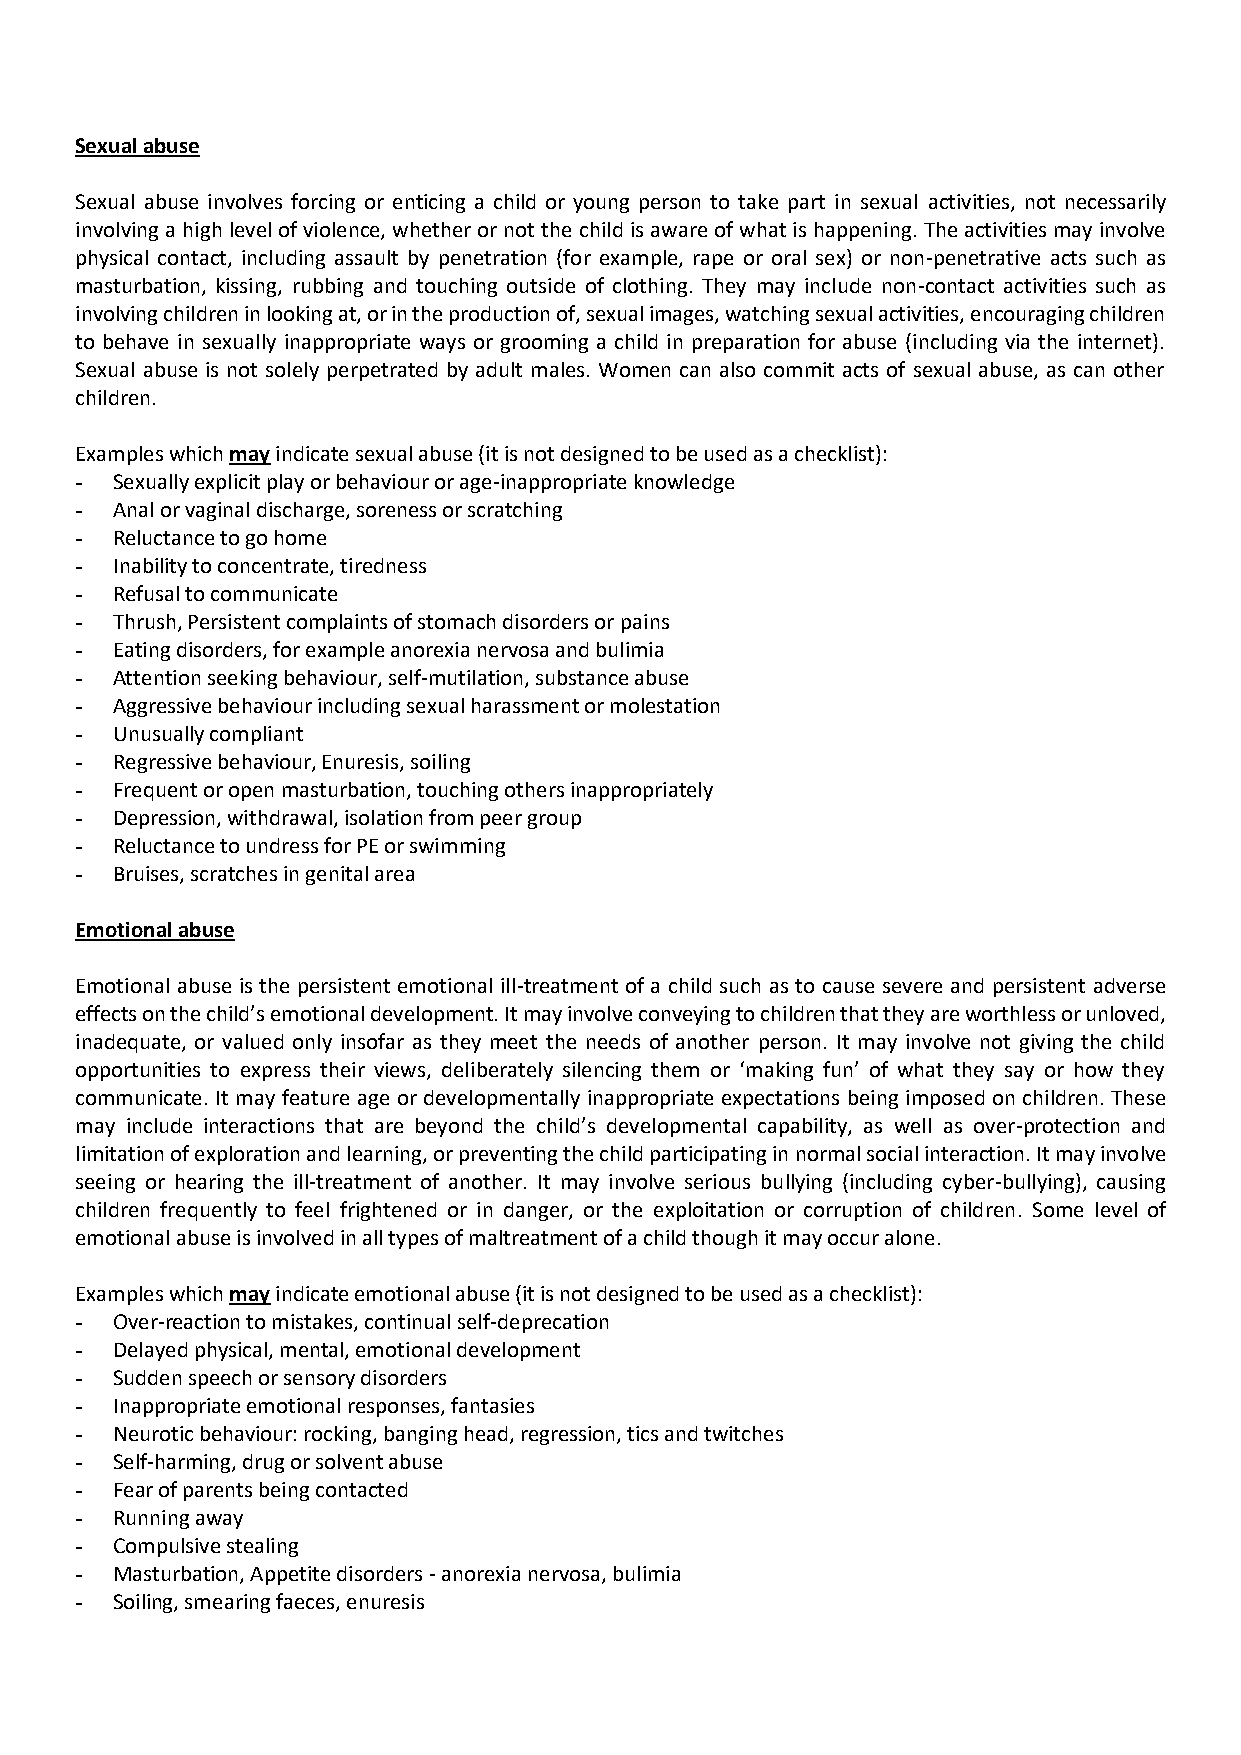
Sexual abuse
 Sexual abuse involves forcing or enticing a child or young person to take part in sexual activities, not necessarily
 involving a high level of violence, whether or not the child is aware of what is happening. The activities may involve
 physical contact, including assault by penetration (for example, rape or oral sex) or non-penetrative acts such as
 masturbation, kissing, rubbing and touching outside of clothing. They may include non-contact activities such as
 involving children in looking at, or in the production of, sexual images, watching sexual activities, encouraging children
 to behave in sexually inappropriate ways or grooming a child in preparation for abuse (including via the internet).
 Sexual abuse is not solely perpetrated by adult males. Women can also commit acts of sexual abuse, as can other
 children.
 Examples which may indicate sexual abuse (it is not designed to be used as a checklist):
 - Sexually explicit play or behaviour or age-inappropriate knowledge
 - Anal or vaginal discharge, soreness or scratching
 - Reluctance to go home
 - Inability to concentrate, tiredness
 - Refusal to communicate
 - Thrush, Persistent complaints of stomach disorders or pains
 - Eating disorders, for example anorexia nervosa and bulimia
 - Attention seeking behaviour, self-mutilation, substance abuse
 - Aggressive behaviour including sexual harassment or molestation
 - Unusually compliant
 - Regressive behaviour, Enuresis, soiling
 - Frequent or open masturbation, touching others inappropriately
 - Depression, withdrawal, isolation from peer group
 - Reluctance to undress for PE or swimming
 - Bruises, scratches in genital area
 Emotional abuse
 Emotional abuse is the persistent emotional ill-treatment of a child such as to cause severe and persistent adverse
 effects on the child’s emotional development. It may involve conveying to children that they are worthless or unloved,
 inadequate, or valued only insofar as they meet the needs of another person. It may involve not giving the child
 opportunities to express their views, deliberately silencing them or ‘making fun’ of what they say or how they
 communicate. It may feature age or developmentally inappropriate expectations being imposed on children. These
 may include interactions that are beyond the child’s developmental capability, as well as over-protection and
 limitation of exploration and learning, or preventing the child participating in normal social interaction. It may involve
 seeing or hearing the ill-treatment of another. It may involve serious bullying (including cyber-bullying), causing
 children frequently to feel frightened or in danger, or the exploitation or corruption of children. Some level of
 emotional abuse is involved in all types of maltreatment of a child though it may occur alone.
 Examples which may indicate emotional abuse (it is not designed to be used as a checklist):
 - Over-reaction to mistakes, continual self-deprecation
 - Delayed physical, mental, emotional development
 - Sudden speech or sensory disorders
 - Inappropriate emotional responses, fantasies
 - Neurotic behaviour: rocking, banging head, regression, tics and twitches
 - Self-harming, drug or solvent abuse
 - Fear of parents being contacted
 - Running away
 - Compulsive stealing
 - Masturbation, Appetite disorders - anorexia nervosa, bulimia
 - Soiling, smearing faeces, enuresis